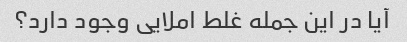
آیا در این جمله غلط املایی وجود دارد؟